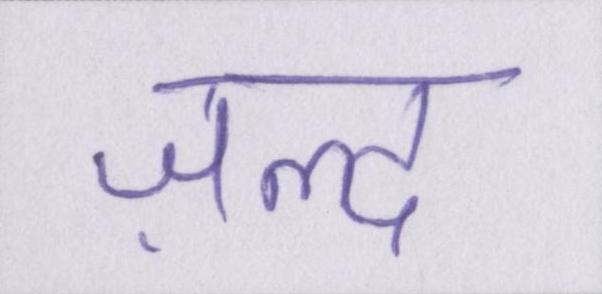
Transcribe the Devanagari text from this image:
ज़ल्द